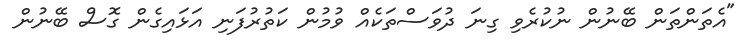
"އެތަންތަން ބޭނުން ނުކުރެވި ގިނަ ދުވަސްތަކެއް ވުމުން ކަތުރުފަނި އަޅައިގެން ގޮސް ބޭނުން